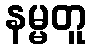
နမ္မတူ